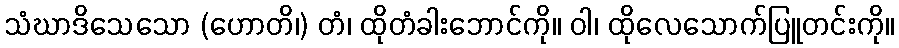
သံဃာဒိသေသော (ဟောတိ၊) တံ၊ ထိုတံခါးဘောင်ကို။ ဝါ၊ ထိုလေသောက်ပြူတင်းကို။